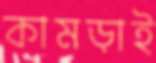
কামড়াই